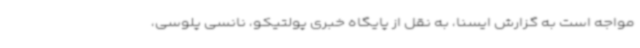
مواجه است به گزارش ایسنا، به نقل از پایگاه خبری پولتیکو، نانسی پلوسی،